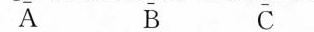
A B C